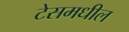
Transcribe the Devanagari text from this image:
टेसमधील